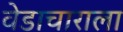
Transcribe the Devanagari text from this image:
वेडाचाराला